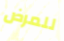
للمرض